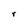
Character: r